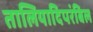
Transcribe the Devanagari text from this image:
तालियादिपरंबिल